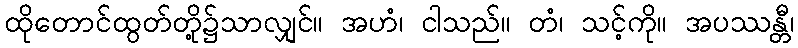
ထိုတောင်ထွတ်တို့၌သာလျှင်။ အဟံ၊ ငါသည်။ တံ၊ သင့်ကို။ အပဿန္တီ၊